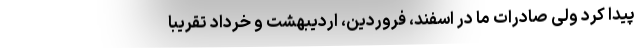
پیدا کرد ولی صادرات ما در اسفند، فروردین، اردیبهشت و خرداد تقریباً